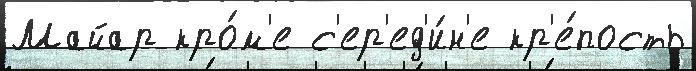
Майар кро́м'е с'ер'ед'и́н'е кр'е́пость